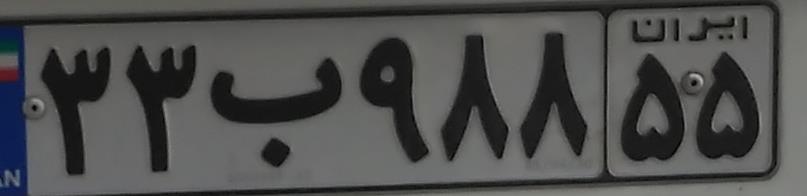
۳۳ب۹۸۸۵۵